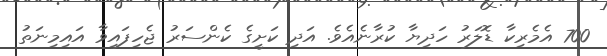
700 އެމެރިކާ ޑޮލަރު ހަދިޔާ ކުރާނެއެވެ. އަދި ކަށީގެ ކެންސަރު ޖެހިފައިވާ އައިމިނަތު